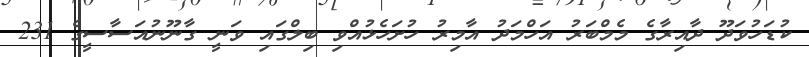
ކުޑަހުވަދޫ ދާއިރާގެ މެމްބަރު އަހްމަދު އާމިރު ހުށަހެޅުއްވި ބިލްގައި ވަނީ ގާނޫނުއަސާސީގެ 231